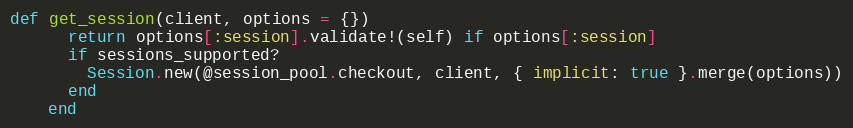
Language: Ruby
def get_session(client, options = {})
      return options[:session].validate!(self) if options[:session]
      if sessions_supported?
        Session.new(@session_pool.checkout, client, { implicit: true }.merge(options))
      end
    end